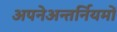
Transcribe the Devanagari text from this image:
अपनेअन्तर्नियमों